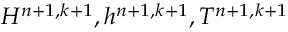
H ^ { n + 1 , k + 1 } , h ^ { n + 1 , k + 1 } , T ^ { n + 1 , k + 1 }